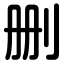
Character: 删